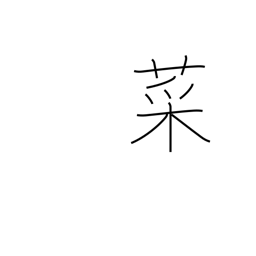
Meaning: greens